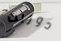
دوريت